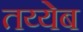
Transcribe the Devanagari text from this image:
तय्येब